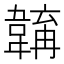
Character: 𩏎